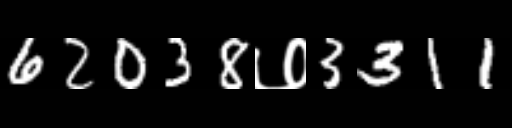
Text: 62038७3311